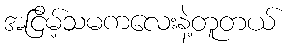
အငြိမ့်သမကလေးနဲ့တူတယ်